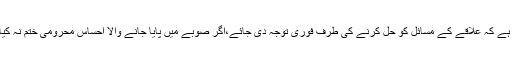
اُنہوں نے کہا کہ اڑوس پڑوس کی سنگین صورتحال کے پیش نظر ضروری ہے کہ علاقے کے مسائل کو حل کرنے کی طرف فوری توجہ دی جائے،اگر صوبے میں پایا جانے والا احساس محرومی ختم نہ کیا گیا تو عوام کے اندر پائی جائے والی بے چینی اور مایوسی مزید بڑھے گی۔